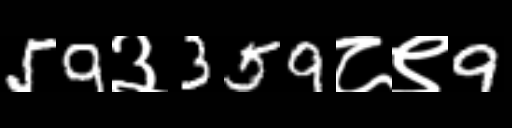
Text: 59३359८९9